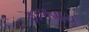
ફાળવાય